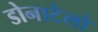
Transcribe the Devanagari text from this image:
डोनाटेलो